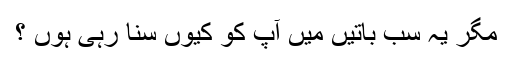
مگر یہ سب باتیں میں آپ کو کیوں سنا رہی ہوں ؟